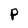
Character: P